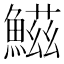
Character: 鰦